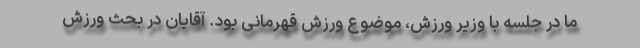
ما در جلسه با وزیر ورزش، موضوع ورزش قهرمانی بود. آقایان در بحث ورزش